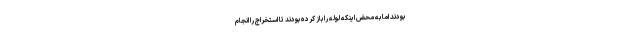
بودند اما به محض اینکه لوله را باز کرده بودند تا استخراج را انجام